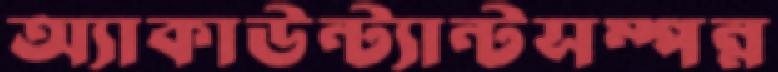
অ্যাকাউন্ট্যান্টসম্পন্ন